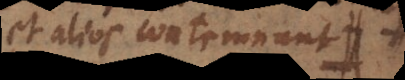
et alios contemnunt,